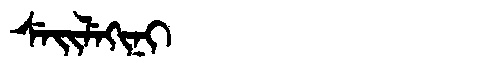
Manchu: ᠰᡝᡳᠯᡝᡴᡳᠨᡳ
Romanization: SEILEKINI